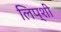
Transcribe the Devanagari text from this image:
लिप्शी